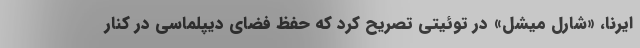
ایرنا، «شارل میشل» در توئیتی تصریح کرد که حفظ فضای دیپلماسی در کنار